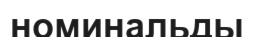
номинальды